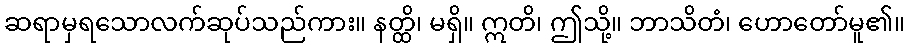
ဆရာမှရသောလက်ဆုပ်သည်ကား။ နတ္ထိ၊ မရှိ။ ဣတိ၊ ဤသို့။ ဘာသိတံ၊ ဟောတော်မူ၏။